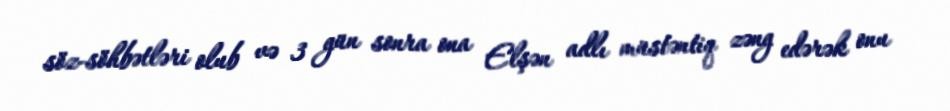
söz-söhbətləri olub və 3 gün sonra ona Elşən adlı müstəntiq zəng edərək onu